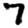
Digit: 7